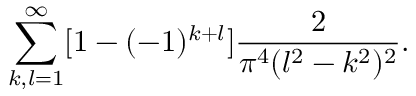
\sum _ { k , l = 1 } ^ { \infty } [ 1 - ( - 1 ) ^ { k + l } ] \frac { 2 } { \pi ^ { 4 } ( l ^ { 2 } - k ^ { 2 } ) ^ { 2 } } .